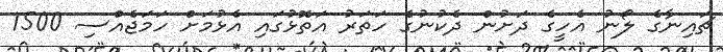
ޗައިނާގެ ލޯނު އެހީގެ ދަށުން ދެކުނުގެ ހަތަރު އަތޮޅުގައި އެޅުމަށް ހަމަޖެއްސި 1500